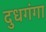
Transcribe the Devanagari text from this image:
दुधगंगा